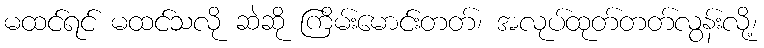
မထင်ရင် မထင်သလို ဆဲဆို ကြိမ်းမောင်းတတ်၊ အလုပ်ထုတ်တတ်လွန်းလို့၊